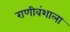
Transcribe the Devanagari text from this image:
राणीवंशाला